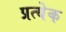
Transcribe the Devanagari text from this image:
प्रत्येेक